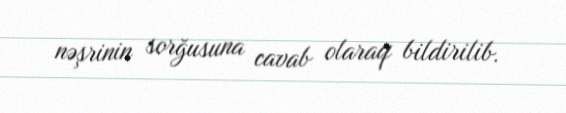
nəşrinin sorğusuna cavab olaraq bildirilib.